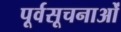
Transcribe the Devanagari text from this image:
पूर्वसूचनाओं